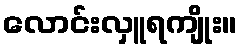
လောင်းလှူရကျိုး။